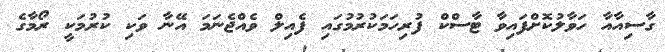
ގާސިއާއާ ހަވާލުކޮށްފައިވާ ޓާސްކް ފުރިހަމަކުރުމުގައި ފެއިލް ވެއްޖެނަމަ އޭނާ ވަކި ކުރުމަކީ ރޯމާގެ